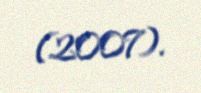
(2007).